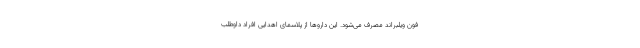
فون ویلبراند مصرف می‌شود. این داروها از پلاسمای اهدایی افراد داوطلب